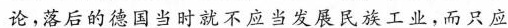
论，落后的德国当时就不应当发展民族工业，而只应